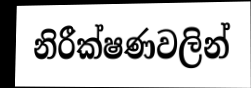
නිරීක්ෂණවලින්